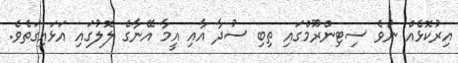
އިރުކޮޅެއް ނުވެ ސިޓިންރޫމްގައި ތިބި ސުދާ އާއި އީމާ އޭނާގެ ލޮލުގައި އަޅައިގަތެވެ.